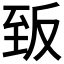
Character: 𮍡